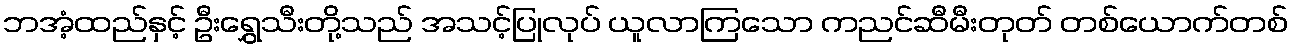
ဘအံ့ထည်နှင့် ဦးရွှေသီးတို့သည် အသင့်ပြုလုပ် ယူလာကြသော ကညင်ဆီမီးတုတ် တစ်ယောက်တစ်